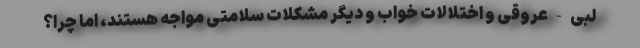
لبی-عروقی و اختلالات خواب و دیگر مشکلات سلامتی مواجه هستند، اما چرا؟